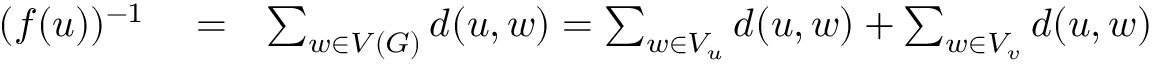
\begin{array} { r l r } { ( f ( u ) ) ^ { - 1 } } & { { } = } & { \sum _ { w \in V ( G ) } d ( u , w ) = \sum _ { w \in V _ { u } } d ( u , w ) + \sum _ { w \in V _ { v } } d ( u , w ) } \end{array}